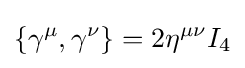
\left\{\gamma ^{\mu },\gamma ^{\nu }\right\}=2\eta ^{\mu \nu }I_{4}